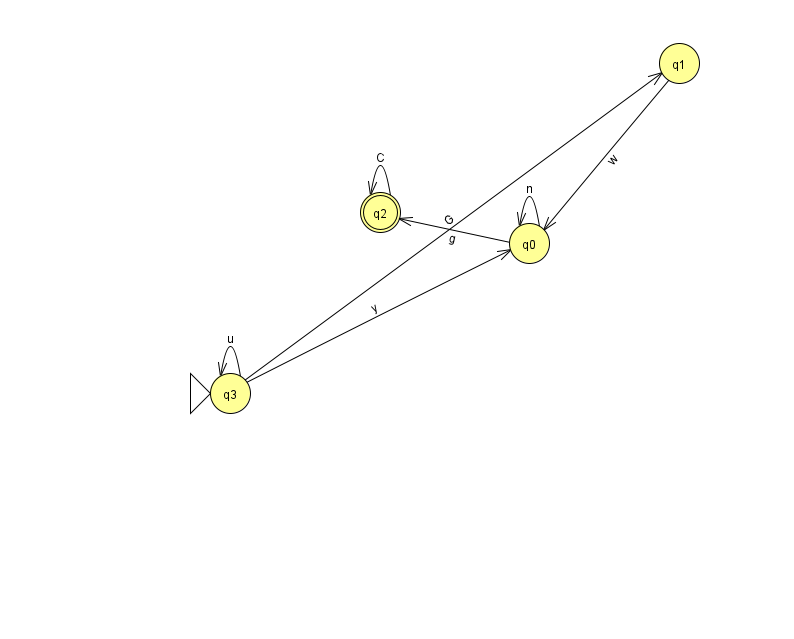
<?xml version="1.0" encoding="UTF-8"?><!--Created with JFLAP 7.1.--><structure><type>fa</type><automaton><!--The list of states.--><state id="0" name="q0"><x>529.0</x><y>230.0</y></state><state id="1" name="q1"><x>679.0</x><y>50.0</y></state><state id="2" name="q2"><x>380.0</x><y>199.0</y><final/></state><state id="3" name="q3"><x>230.0</x><y>380.0</y><initial/></state><!--The list of transitions.--><transition><from>2</from><to>2</to><read>C</read></transition><transition><from>3</from><to>3</to><read>u</read></transition><transition><from>1</from><to>0</to><read>w</read></transition><transition><from>3</from><to>0</to><read>y</read></transition><transition><from>0</from><to>0</to><read>n</read></transition><transition><from>0</from><to>2</to><read>g</read></transition><transition><from>3</from><to>1</to><read>G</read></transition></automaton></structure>